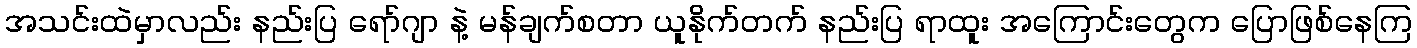
အသင်းထဲမှာလည်း နည်းပြ ရော်ဂျာ နဲ့ မန်ချက်စတာ ယူနိုက်တက် နည်းပြ ရာထူး အကြောင်းတွေက ပြောဖြစ်နေကြ